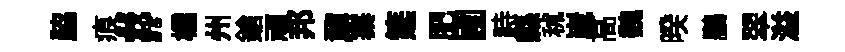
脇痕#櫺州鎗頑邦鼐寨筵肥圃畤縣秫𡻕高魏暌鵬翠溢